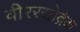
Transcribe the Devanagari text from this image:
वीररसोद्रेक